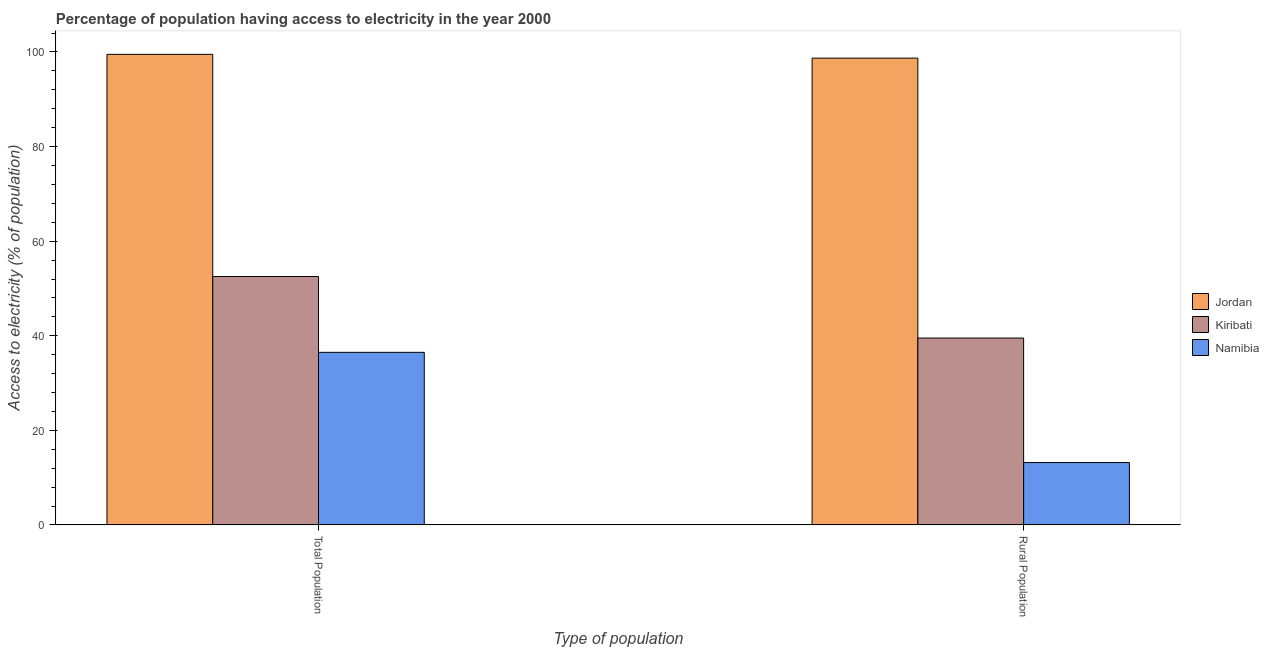
| Type of population | Jordan | Kiribati | Namibia |
 | --- | --- | --- | --- |
 | Total Population | 99.5 | 52.5 | 36.5 |
 | Rural Population | 98.7 | 39.5 | 13.2 |